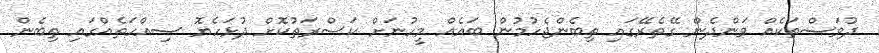
ދުވަސްތަކެއް ވަންދެން ގޭތެރޭގައި ތިބެންޖެހުމުން ބައެއް މީހުނަށް ކަސްރަތުކޮށް ދުޅަހެޔޮ ސިއްހަތެއްގައި ތިބެން